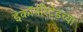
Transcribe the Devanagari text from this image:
इंकॉर्पोरेटेडच्या